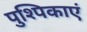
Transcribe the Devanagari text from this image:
पुश्पिकाएं